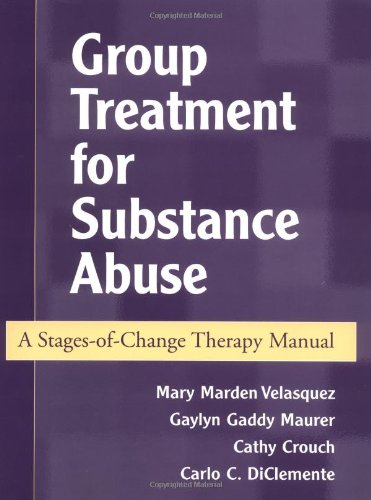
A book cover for Group Treatment for Substance Abuse: A Stages-of-Change Therapy Manual; Mary Velasquez; Health, Fitness & Dieting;